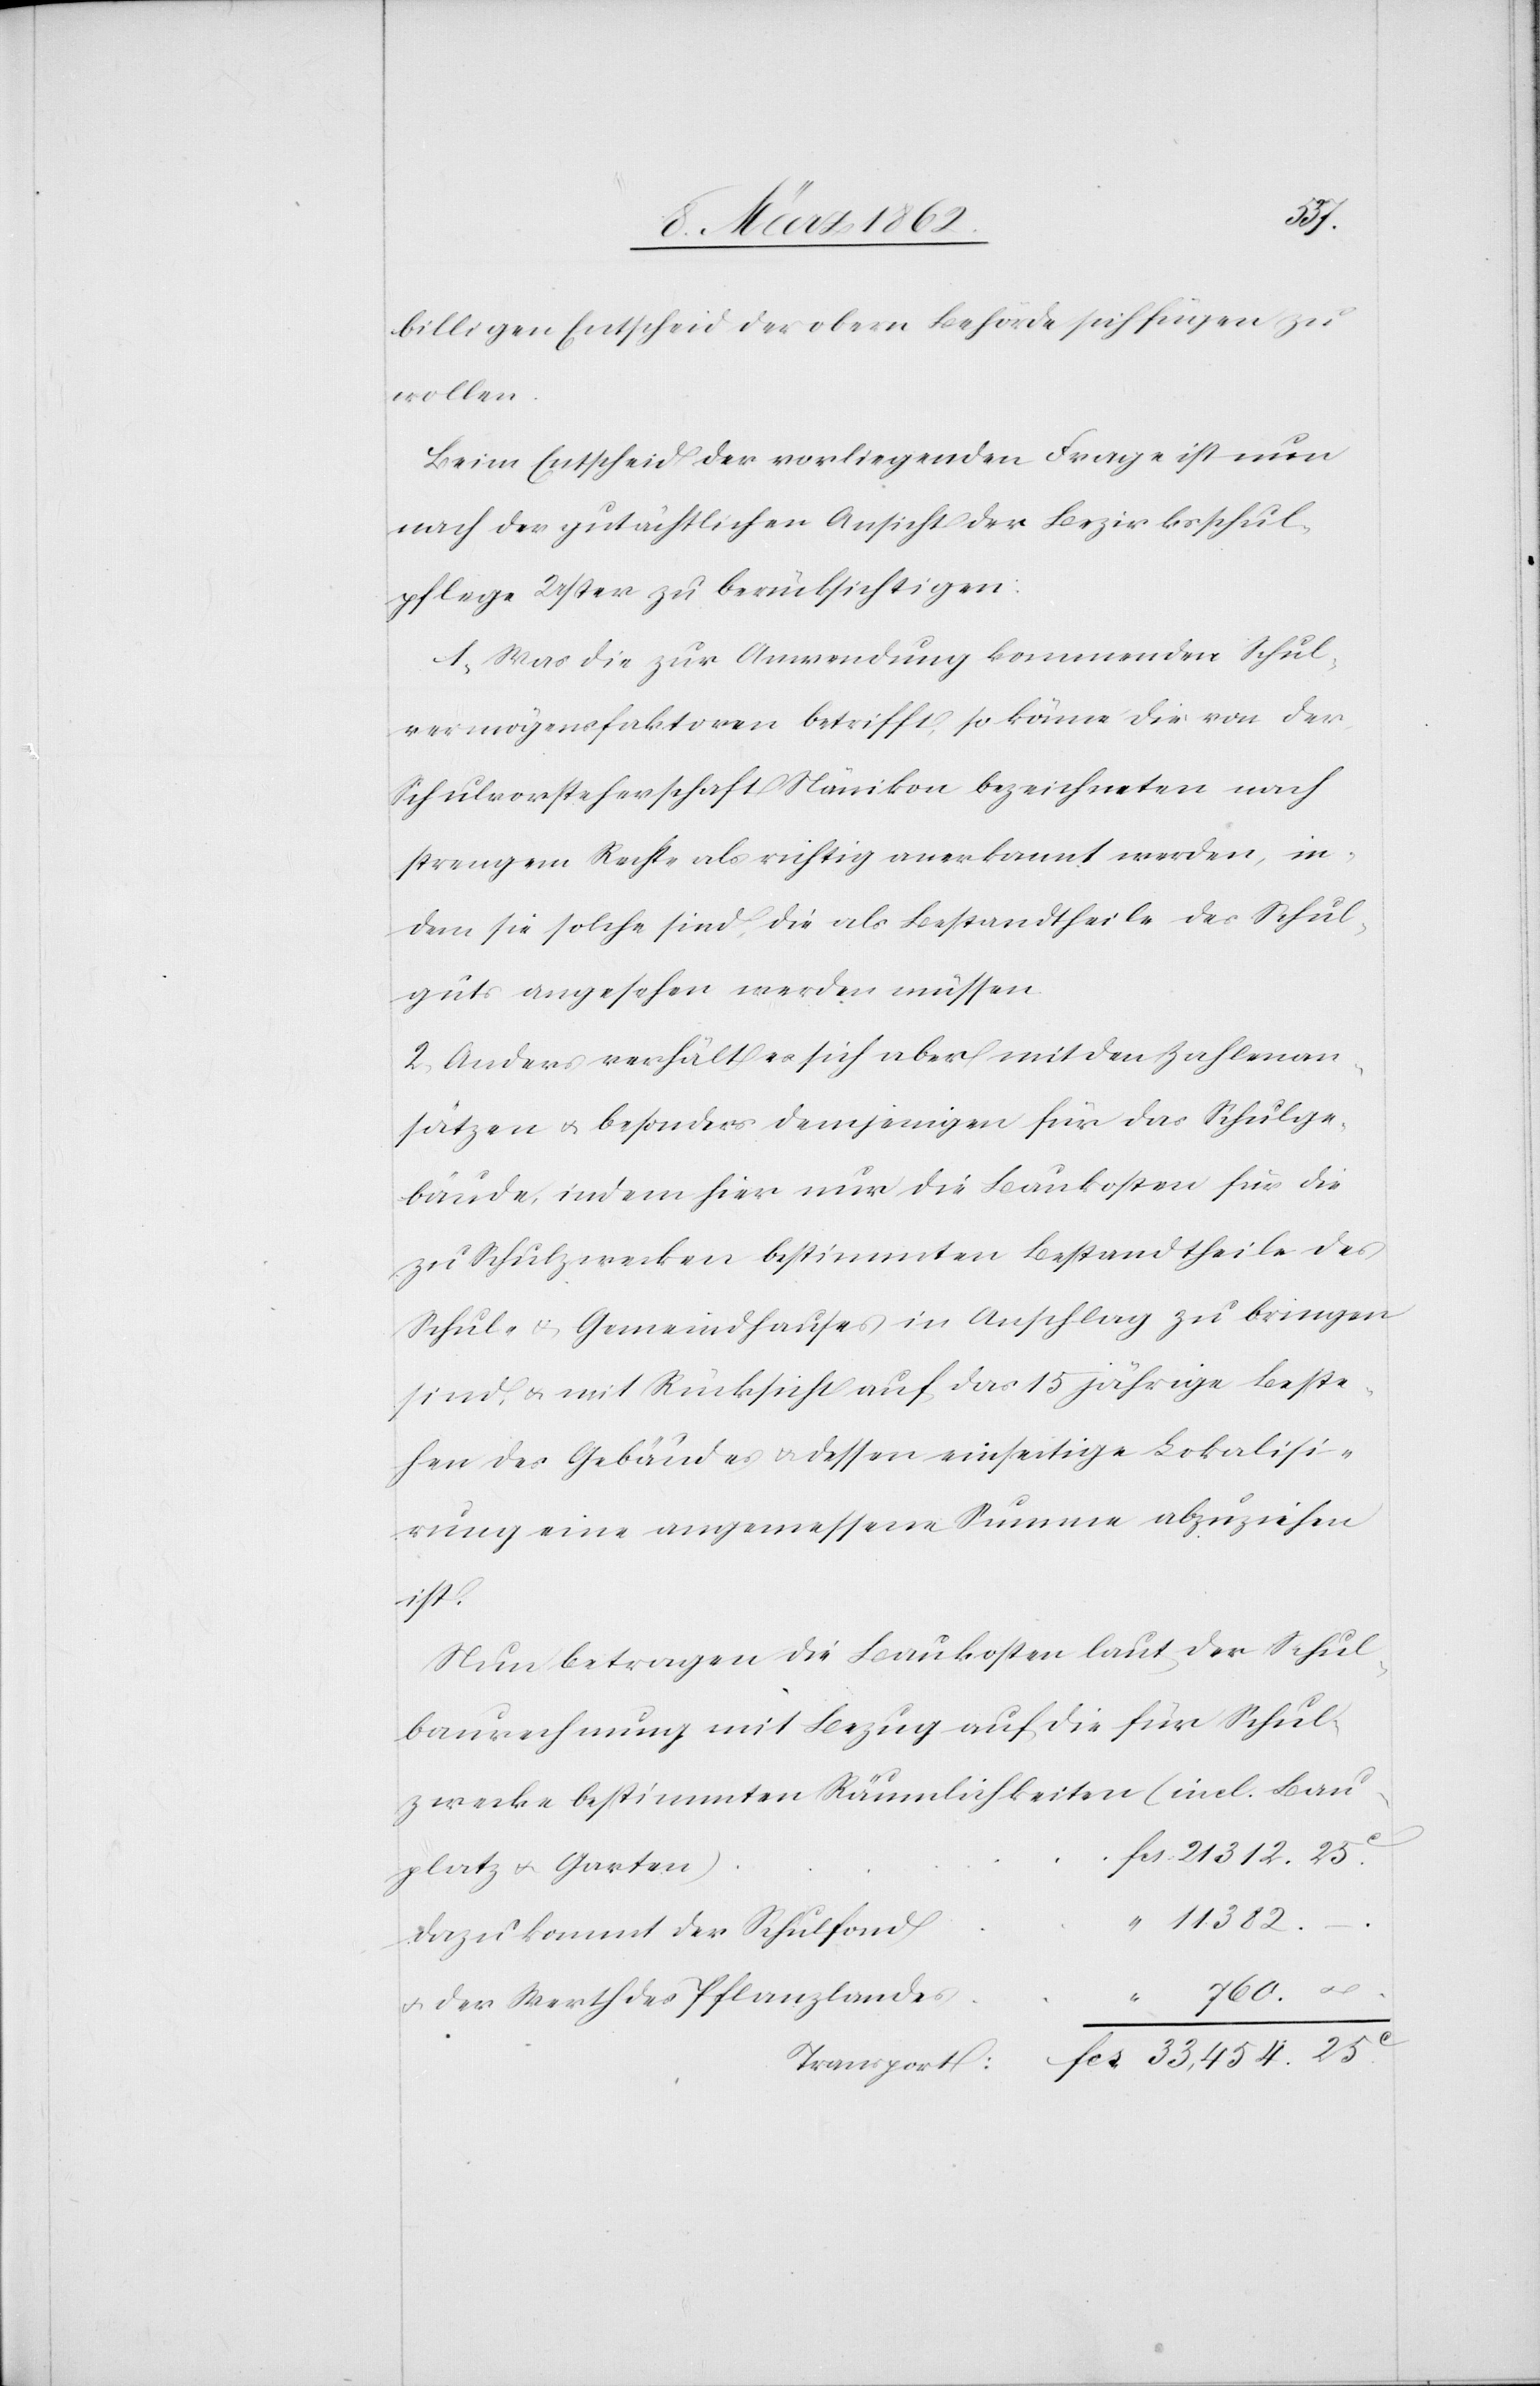
382.
billigen Entscheid der obern Behörde sich fügen zu
wollen.
Beim Entscheid der vorliegenden Frage ist nun
nach der gutächtlichen Ansicht der Bezirksschul¬
pflege Uster zu berücksichtigen:
1) Was die zur Anwendung kommenden Schul¬
vermögensfaktoren betrifft, so könne die von der
Schulvorsteherschaft Nänikon bezeichneten nach
strengem Rechte als richtig anerkannt werden, in¬
dem sie solche sind, die als Bestandteile des Schul¬
guts angesehen werden müssen.
2) Anders verhält es sich aber mit den Zahlenan¬
sätzen u. besonders demjenigen für das Schulge¬
bäude, indem hier nur die Baukosten für die
zu Schulzwecken bestimmten Bestandtheile des
Schul- u. Gemeindhauses in Anschlag zu bringen
sind, u. mit Rücksicht auf das 15jährige Beste¬
hen des Gebäudes u. dessen einseitige Lokalisi¬
rung eine angemessene Summe abzuziehen
fcs.
Nun betragen die Baukosten laut der Schul¬
baurechnung mit Bezug auf die für Schul¬
zwecke bestimmten Räumlichkeiten (incl. Bau¬
platz u. Garten)
dazu kommt der Schulfond
760. –.
u. der Werth des Pflanzlandes
Transport: